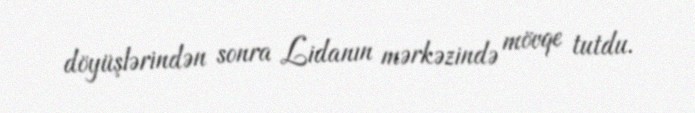
döyüşlərindən sonra Lidanın mərkəzində mövqe tutdu.